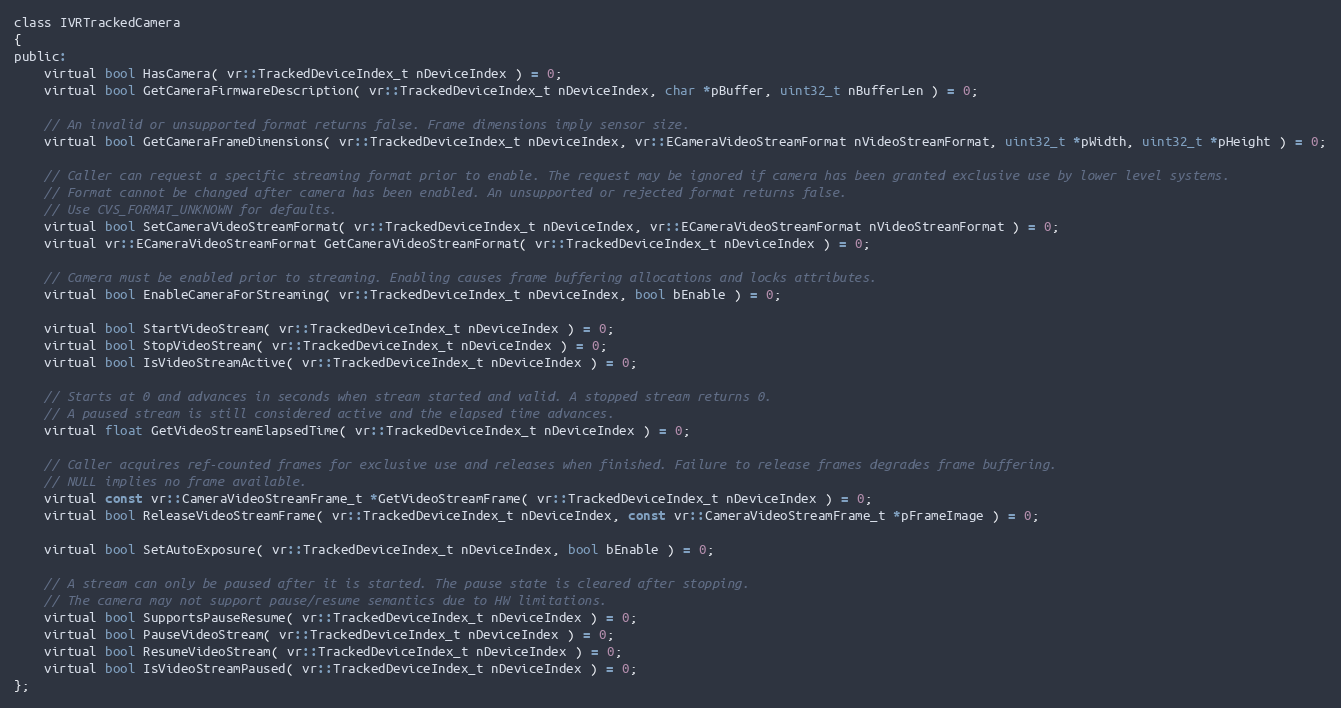
Language: C
class IVRTrackedCamera
{
public:
	virtual bool HasCamera( vr::TrackedDeviceIndex_t nDeviceIndex ) = 0;
	virtual bool GetCameraFirmwareDescription( vr::TrackedDeviceIndex_t nDeviceIndex, char *pBuffer, uint32_t nBufferLen ) = 0;

	// An invalid or unsupported format returns false. Frame dimensions imply sensor size.
	virtual bool GetCameraFrameDimensions( vr::TrackedDeviceIndex_t nDeviceIndex, vr::ECameraVideoStreamFormat nVideoStreamFormat, uint32_t *pWidth, uint32_t *pHeight ) = 0;

	// Caller can request a specific streaming format prior to enable. The request may be ignored if camera has been granted exclusive use by lower level systems.
	// Format cannot be changed after camera has been enabled. An unsupported or rejected format returns false.
	// Use CVS_FORMAT_UNKNOWN for defaults.
	virtual bool SetCameraVideoStreamFormat( vr::TrackedDeviceIndex_t nDeviceIndex, vr::ECameraVideoStreamFormat nVideoStreamFormat ) = 0;
	virtual vr::ECameraVideoStreamFormat GetCameraVideoStreamFormat( vr::TrackedDeviceIndex_t nDeviceIndex ) = 0;

	// Camera must be enabled prior to streaming. Enabling causes frame buffering allocations and locks attributes.
	virtual bool EnableCameraForStreaming( vr::TrackedDeviceIndex_t nDeviceIndex, bool bEnable ) = 0;

	virtual bool StartVideoStream( vr::TrackedDeviceIndex_t nDeviceIndex ) = 0;
	virtual bool StopVideoStream( vr::TrackedDeviceIndex_t nDeviceIndex ) = 0;
	virtual bool IsVideoStreamActive( vr::TrackedDeviceIndex_t nDeviceIndex ) = 0;

	// Starts at 0 and advances in seconds when stream started and valid. A stopped stream returns 0.
	// A paused stream is still considered active and the elapsed time advances.
	virtual float GetVideoStreamElapsedTime( vr::TrackedDeviceIndex_t nDeviceIndex ) = 0;

	// Caller acquires ref-counted frames for exclusive use and releases when finished. Failure to release frames degrades frame buffering.
	// NULL implies no frame available.
	virtual const vr::CameraVideoStreamFrame_t *GetVideoStreamFrame( vr::TrackedDeviceIndex_t nDeviceIndex ) = 0;
	virtual bool ReleaseVideoStreamFrame( vr::TrackedDeviceIndex_t nDeviceIndex, const vr::CameraVideoStreamFrame_t *pFrameImage ) = 0;

	virtual bool SetAutoExposure( vr::TrackedDeviceIndex_t nDeviceIndex, bool bEnable ) = 0;

	// A stream can only be paused after it is started. The pause state is cleared after stopping.
	// The camera may not support pause/resume semantics due to HW limitations.
	virtual bool SupportsPauseResume( vr::TrackedDeviceIndex_t nDeviceIndex ) = 0;
	virtual bool PauseVideoStream( vr::TrackedDeviceIndex_t nDeviceIndex ) = 0;
	virtual bool ResumeVideoStream( vr::TrackedDeviceIndex_t nDeviceIndex ) = 0;
	virtual bool IsVideoStreamPaused( vr::TrackedDeviceIndex_t nDeviceIndex ) = 0;
};